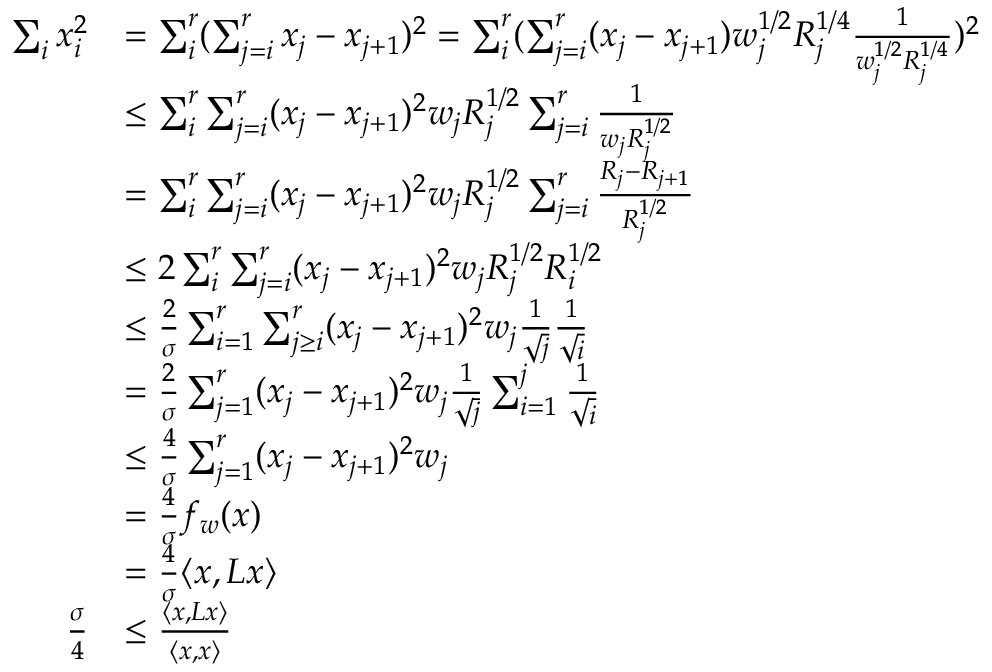
\begin{array} { r l } { \sum _ { i } x _ { i } ^ { 2 } } & { = \sum _ { i } ^ { r } ( \sum _ { j = i } ^ { r } x _ { j } - x _ { j + 1 } ) ^ { 2 } = \sum _ { i } ^ { r } ( \sum _ { j = i } ^ { r } ( x _ { j } - x _ { j + 1 } ) w _ { j } ^ { 1 / 2 } R _ { j } ^ { 1 / 4 } \frac { 1 } { w _ { j } ^ { 1 / 2 } R _ { j } ^ { 1 / 4 } } ) ^ { 2 } } \\ & { \leq \sum _ { i } ^ { r } \sum _ { j = i } ^ { r } ( x _ { j } - x _ { j + 1 } ) ^ { 2 } w _ { j } R _ { j } ^ { 1 / 2 } \sum _ { j = i } ^ { r } \frac { 1 } { w _ { j } R _ { j } ^ { 1 / 2 } } } \\ & { = \sum _ { i } ^ { r } \sum _ { j = i } ^ { r } ( x _ { j } - x _ { j + 1 } ) ^ { 2 } w _ { j } R _ { j } ^ { 1 / 2 } \sum _ { j = i } ^ { r } \frac { R _ { j } - R _ { j + 1 } } { R _ { j } ^ { 1 / 2 } } } \\ & { \leq 2 \sum _ { i } ^ { r } \sum _ { j = i } ^ { r } ( x _ { j } - x _ { j + 1 } ) ^ { 2 } w _ { j } R _ { j } ^ { 1 / 2 } R _ { i } ^ { 1 / 2 } } \\ & { \leq \frac { 2 } { \sigma } \sum _ { i = 1 } ^ { r } \sum _ { j \geq i } ^ { r } ( x _ { j } - x _ { j + 1 } ) ^ { 2 } w _ { j } \frac { 1 } { \sqrt { j } } \frac { 1 } { \sqrt { i } } } \\ & { = \frac { 2 } { \sigma } \sum _ { j = 1 } ^ { r } ( x _ { j } - x _ { j + 1 } ) ^ { 2 } w _ { j } \frac { 1 } { \sqrt { j } } \sum _ { i = 1 } ^ { j } \frac { 1 } { \sqrt { i } } } \\ & { \leq \frac { 4 } { \sigma } \sum _ { j = 1 } ^ { r } ( x _ { j } - x _ { j + 1 } ) ^ { 2 } w _ { j } } \\ & { = \frac { 4 } { \sigma } f _ { w } ( x ) } \\ & { = \frac { 4 } { \sigma } \langle x , L x \rangle } \\ { \frac { \sigma } { 4 } } & { \leq \frac { \langle x , L x \rangle } { \langle x , x \rangle } } \end{array}